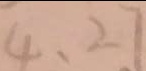
4 , 2 7